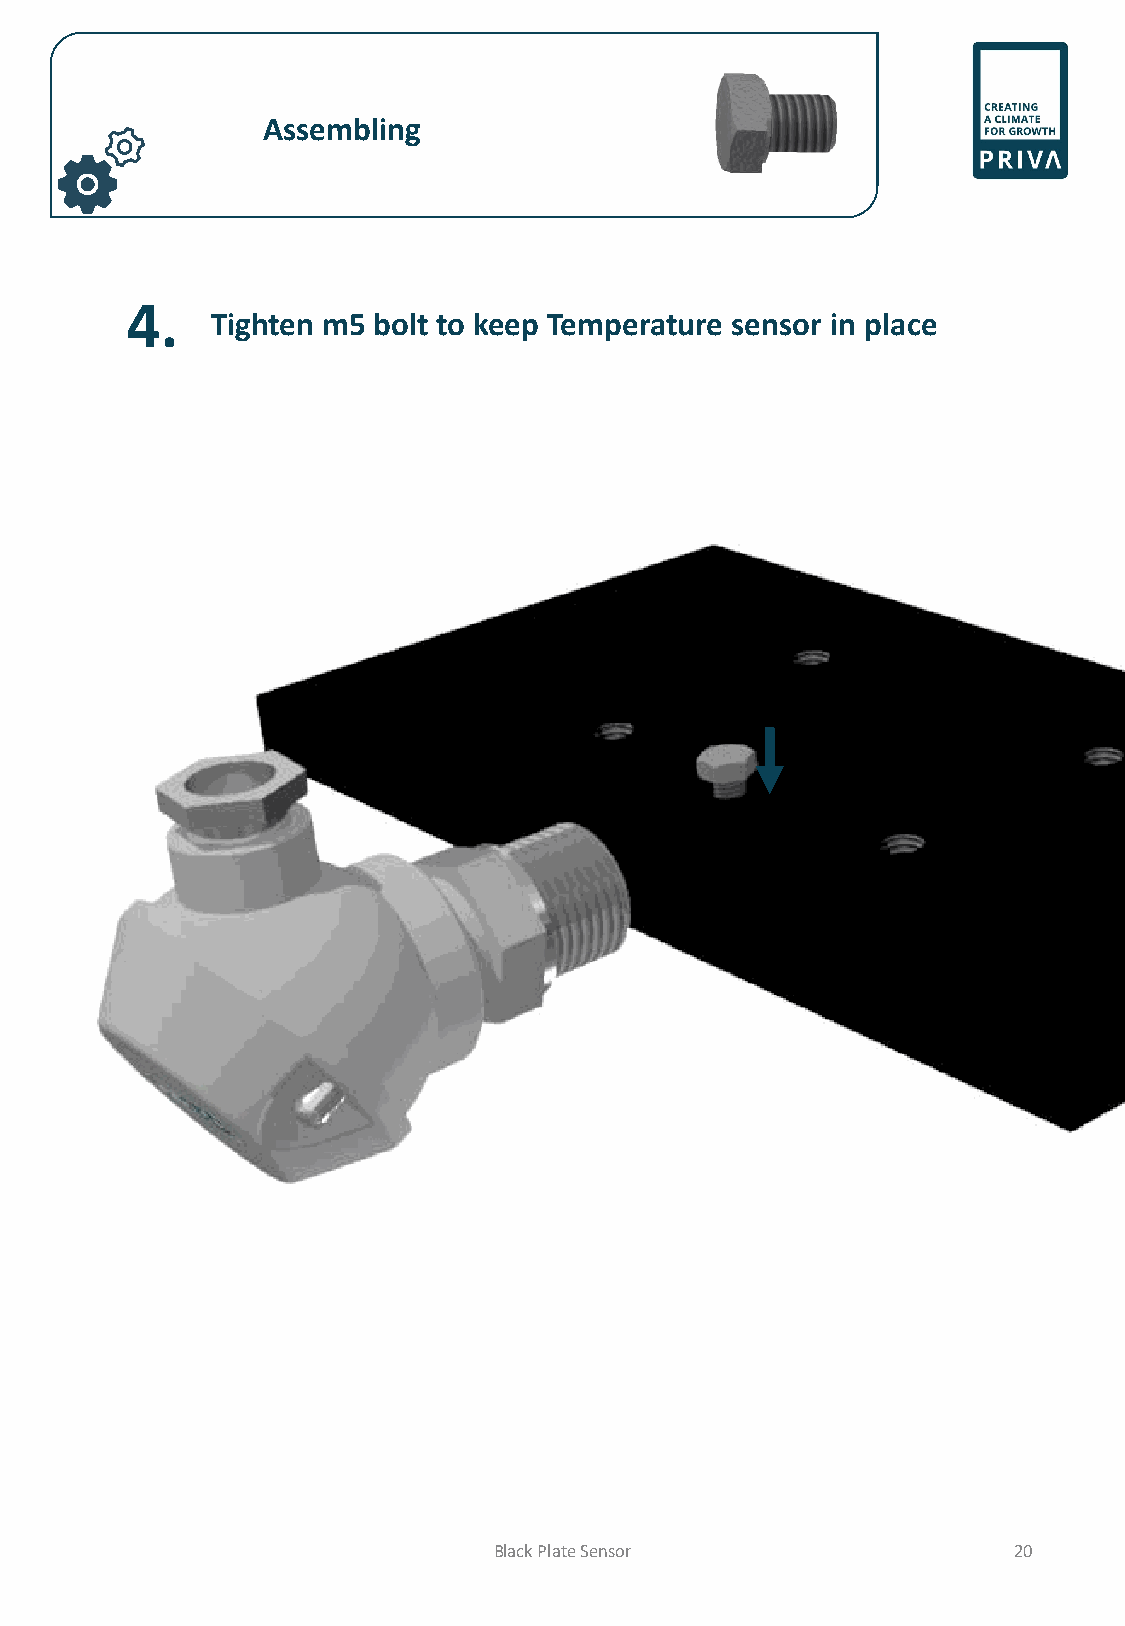
Assembling
 4.
 Tighten m5 bolt to keep Temperature sensor in place
 Black Plate Sensor                20